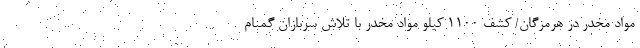
مواد مخدر در هرمزگان/ کشف 1100 کیلو مواد مخدر با تلاش سربازان گمنام